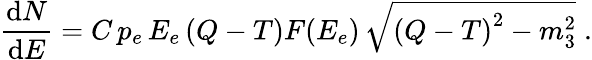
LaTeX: {\frac{\displaystyle\mathrm{d}N}{\displaystyle\mathrm{d}E}}=C\, p_{e}\, E_{e}\left(Q-T\right)F(E_{e})\, \sqrt{\left(Q-T\right)^{2}-m_{3}^{2}}\; .